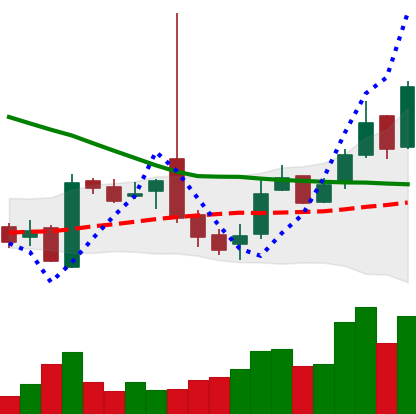
Ticker: LTC-USD
Chart end date: 2016-10-29
Forward return: -5.598%
Label: down_5_7